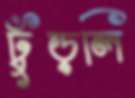
ঢুঁড়লি